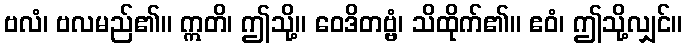
ဗလံ၊ ဗလမည်၏။ ဣတိ၊ ဤသို့။ ဝေဒိတဗ္ဗံ၊ သိထိုက်၏။ ဧဝံ၊ ဤသို့လျှင်။